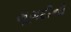
લૂગદીનો